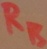
Text: RB